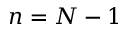
n = N - 1